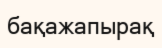
бақажапырақ